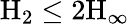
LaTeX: \mathrm{H}_{2}\leq 2\mathrm{H}_{\infty}